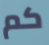
كم